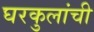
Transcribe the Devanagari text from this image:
घरकुलांची